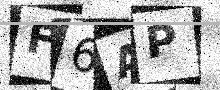
Text: F6AP